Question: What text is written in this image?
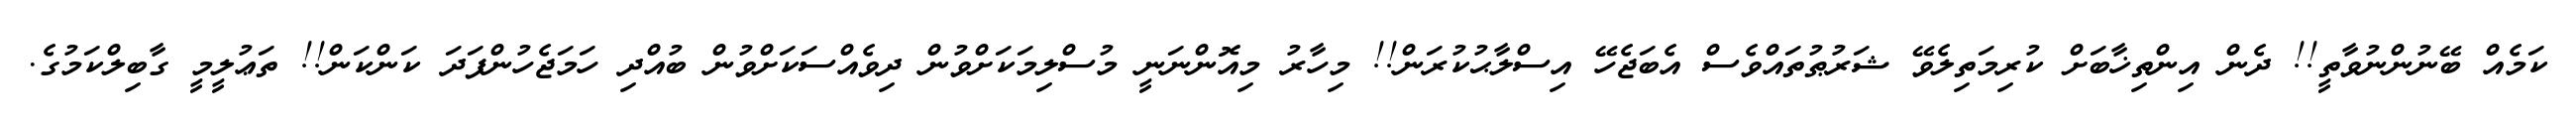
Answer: ކަމެއް ބޭނުންނުވާތީ!! ދެން އިންތިޚާބަށް ކުރިމަތިލެވޭ ޝަރުޠުތައްވެސް އެބަޖެހޭ އިސްލާޙުކުރަން!! މިހާރު މިއޮންނަނީ މުސްލިމަކަށްވުން ދިވެއްސަކަށްވުން ބުއްދި ހަމަޖެހުންފަދަ ކަންކަން!! ތަޢުލީމީ ގާބިލްކަމުގެ.